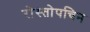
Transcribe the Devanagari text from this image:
रोस्तोपचिन